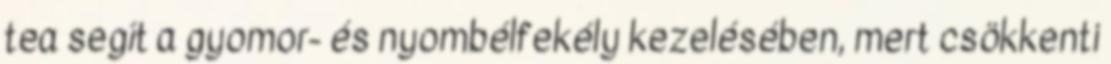
tea segít a gyomor- és nyombélfekély kezelésében, mert csökkenti